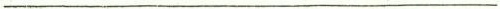
___